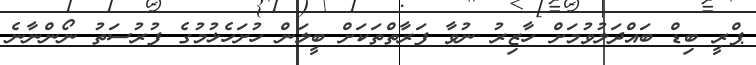
ޕްރީ ބިޑް ބައްދަލުވުމަށް ހާޒިރު ނުވާ ފަރާތްތަކަށް ބީލަން ހުށަހެޅުމުގެ ފުރުސަތު ނޯންނާނެ